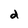
Character: d